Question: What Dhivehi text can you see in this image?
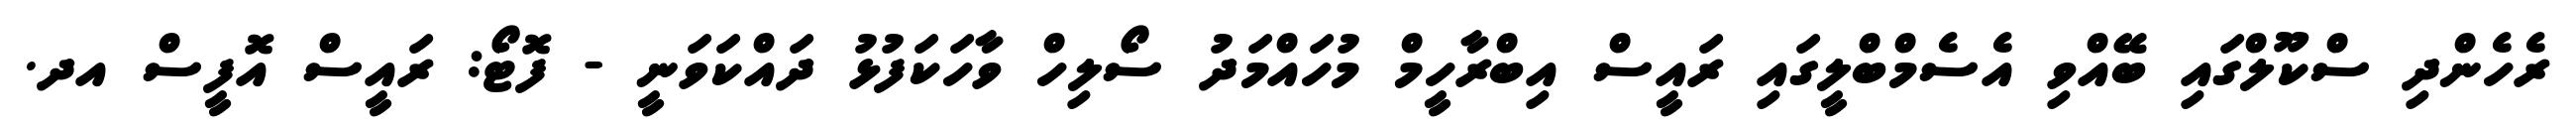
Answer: ރެހެންދި ސްކޫލްގައި ބޭއްވި އެސެމްބްލީގައި ރައީސް އިބްރާހީމް މުހައްމަދު ސޯލިހް ވާހަކަފުޅު ދައްކަވަނީ - ފޮޓޯ: ރައީސް އޮފީސް އދ.